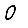
Digit: 0